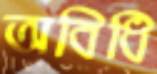
অবিধি